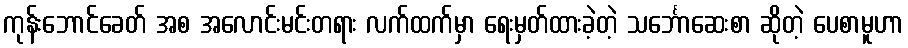
ကုန်းဘောင်ခေတ် အစ အလောင်းမင်းတရား လက်ထက်မှာ ရေးမှတ်ထားခဲ့တဲ့ သင်္ဘောဆေးစာ ဆိုတဲ့ ပေစာမူဟာ